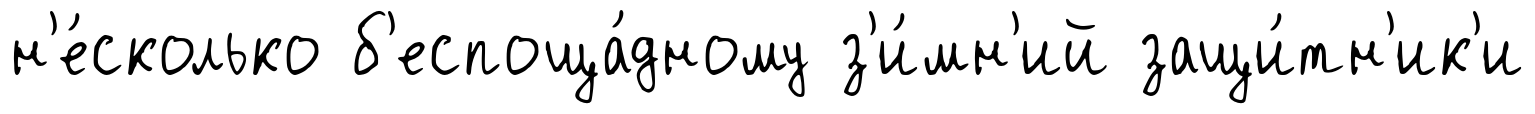
н'е́сколько б'еспоща́дному з'и́мн'ий защи́тн'ик'и